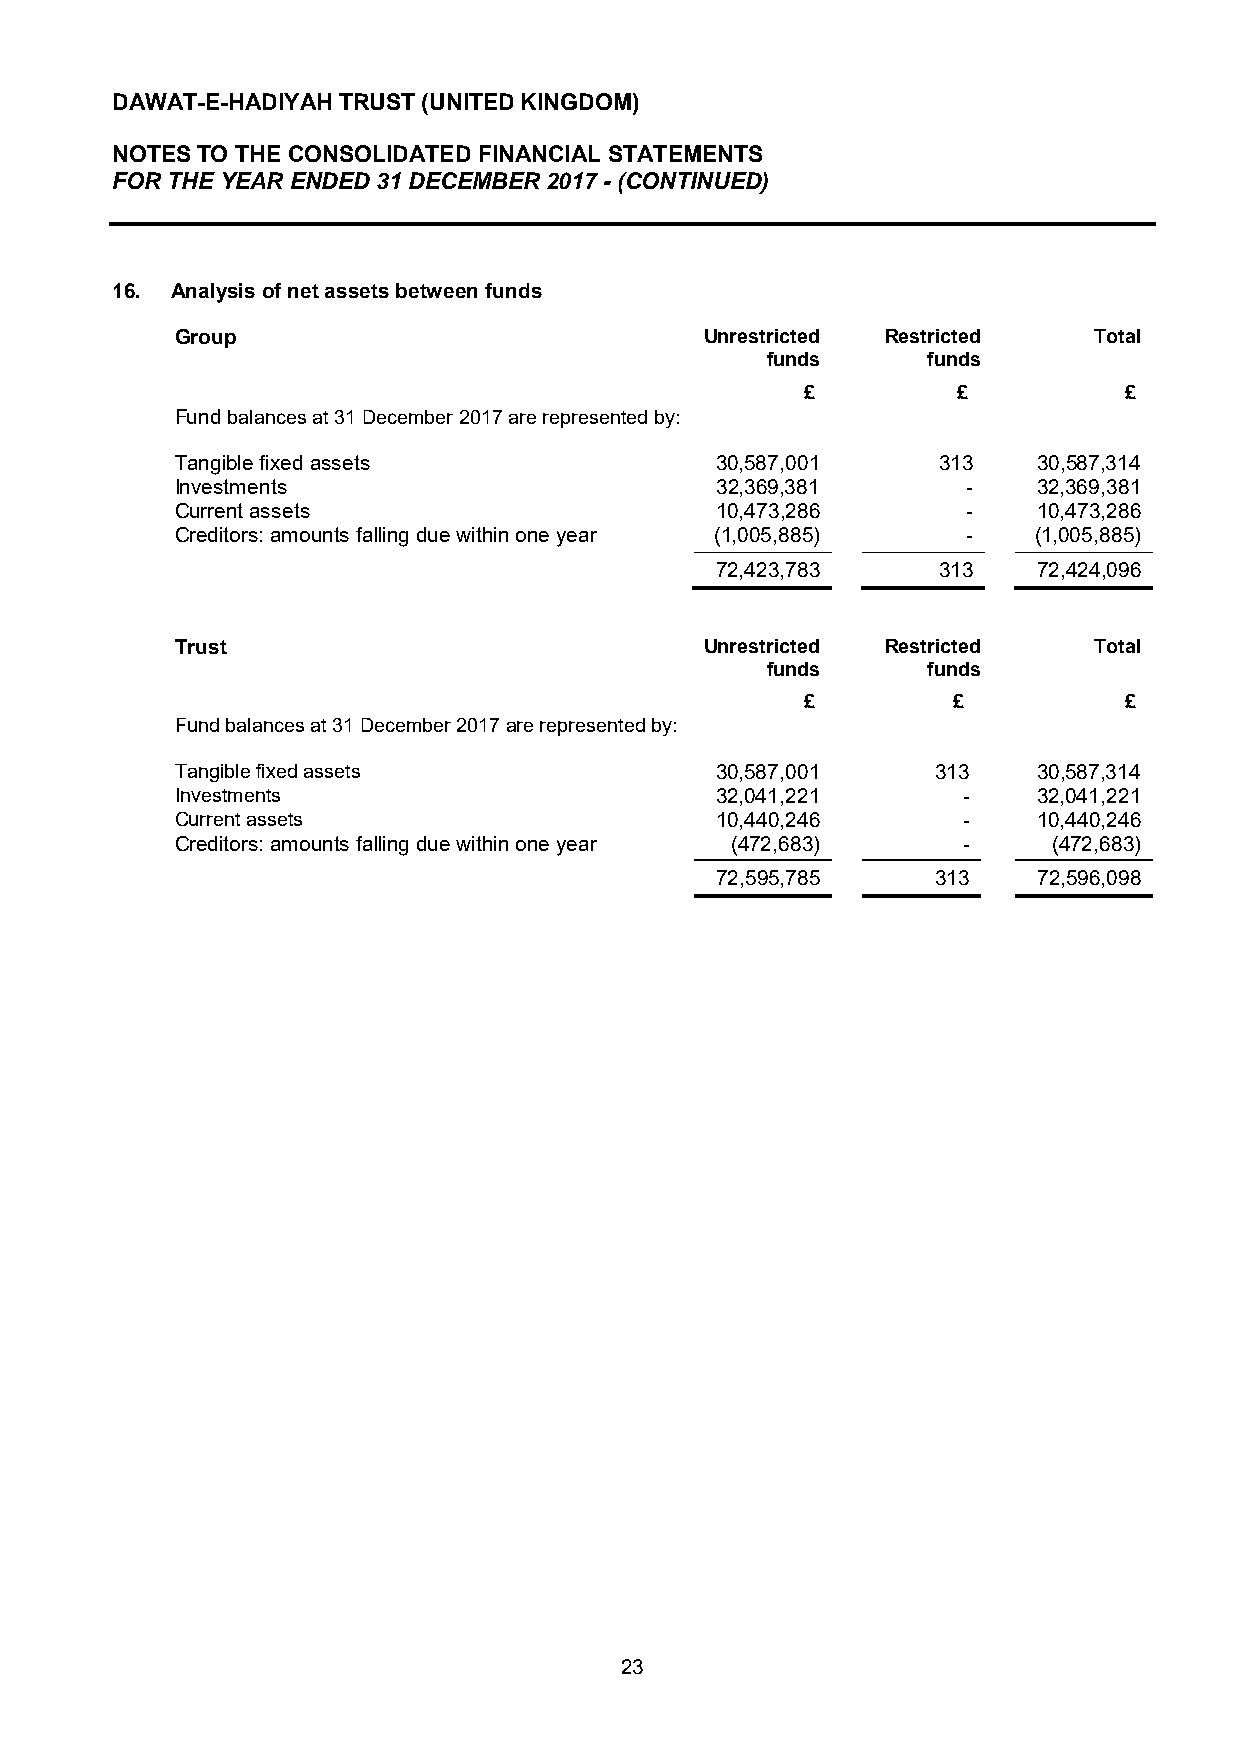
DAWAT-E-HADIYAH TRUST (UNITED KINGDOM)
 NOTES TO THE CONSOLIDATED FINANCIAL STATEMENTS
 FOR THE YEAR ENDED 31 DECEMBER 2017 - (CONTINUED)
 16. Analysis of net assets between funds
 Group                              Unrestricted Restricted  Total
 funds     funds
 £         £          £
 Fund balances at 31 December 2017 are represented by:
 Tangible fixed assets              30,587,001     313    30,587,314
 Investments                        32,369,381       -    32,369,381
 Current assets                     10,473,286       -    10,473,286
 Creditors: amounts falling due within one year (1,005,885) - (1,005,885)
 72,423,783     313    72,424,096
 Trust                              Unrestricted Restricted  Total
 funds     funds
 £         £          £
 Fund balances at 31 December 2017 are represented by:
 Tangible fixed assets              30,587,001     313    30,587,314
 Investments                 )      32,041,221       -    32,041,221
 Current assets              )      10,440,246       -    10,440,246
 Creditors: amounts falling due within one year (472,683) - (472,683)
 )      72,595,785     313    72,596,098
 23